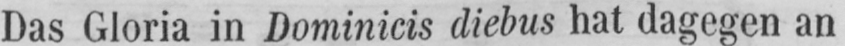
Das Gloria in Dominicis diebus hat dagegen an